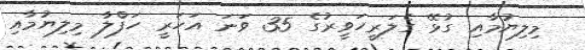
މިލިޔުމާއި ގުޅޭ ގެލަރީހަވީރުގެ 35 ވަނަ އަހަރީ ހަފްލާ މިލިޔުމާއި